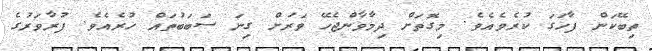
ތިބޭކަން ފާހަގަ ކުރެވެއެވެ. މިގޮތަށް ދިމާވާންޖެހޭ ވަރަށް ގިނަ ސަބަބުތައް ހުރެއެވެ. ފުރާވަރުގެ